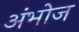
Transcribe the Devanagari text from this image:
अंभोज